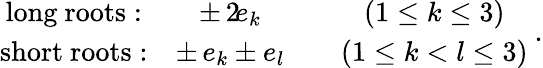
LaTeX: \begin{array}{cccc}{{\mathrm{long~roots:}}}&{{\pm\, 2\! e_{k}}}&{{}}&{{(1\leq k\leq 3)}}\\ {{\mathrm{short~roots:}}}&{{\pm\, e_{k}\pm e_{l}}}&{{}}&{{(1\leq k<l\leq 3)}}\end{array}~.